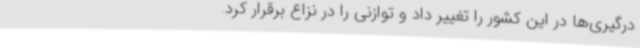
درگیری‌ها در این کشور را تغییر داد و توازنی را در نزاع برقرار کرد.